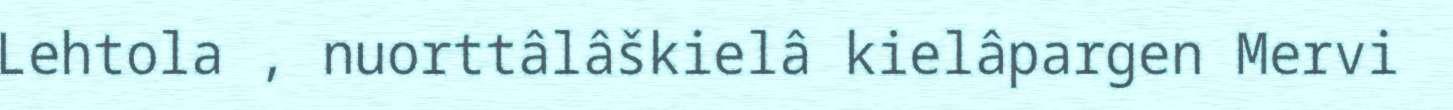
Lehtola , nuorttâlâškielâ kielâpargen Mervi